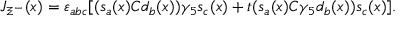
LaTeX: J _ { \Xi ^ { - } } ( x ) = \varepsilon _ { a b c } [ ( s _ { a } ( x ) C d _ { b } ( x ) ) \gamma _ { 5 } s _ { c } ( x ) + t ( s _ { a } ( x ) C \gamma _ { 5 } d _ { b } ( x ) ) s _ { c } ( x ) ] .